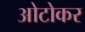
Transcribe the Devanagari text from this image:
ओटोकर